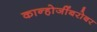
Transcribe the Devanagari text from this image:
कान्होजींबरोबर